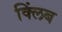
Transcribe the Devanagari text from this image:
क्लिंब